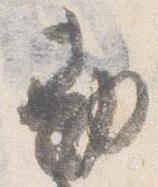
勘